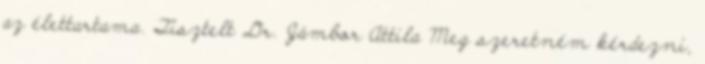
az élettartama. Tisztelt Dr. Jámbor Attila Meg szeretném kérdezni,